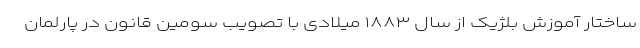
ساختار آموزش بلژیک از سال ۱۸۸۳ میلادی با تصویب سومین قانون در پارلمان